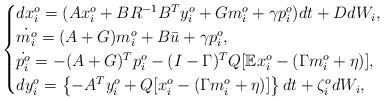
LaTeX: \begin{align*}\begin{cases}dx_i^o =( Ax_i^o +BR^{-1}B^Ty_i^o +G m_i^o+\gamma p_i^o) dt +D dW_i,\\ \dot{m_i^o} = (A + G) m_i^o +B\bar u +\gamma p_i^o,\\ \dot{ p_i^o} = -(A+G)^T p_i^o -(I-\Gamma)^T Q [\mathbb{E}x_i^o- (\Gamma m_i^o+\eta)],\\dy_i^o=\left\{-A^T y_i^o +Q[x_i^o-(\Gamma m_i^o+\eta)]\right\} dt +\zeta_i^o dW_i, \end{cases}\end{align*}